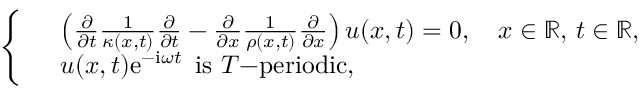
\left\{ \begin{array} { r l } & { \left( \frac { \partial } { \partial t } \frac { 1 } { \kappa ( x , t ) } \frac { \partial } { \partial t } - \frac { \partial } { \partial x } \frac { 1 } { \rho ( x , t ) } \frac { \partial } { \partial x } \right) u ( x , t ) = 0 , \quad x \in \mathbb { R } , \, t \in \mathbb { R } , } \\ & { u ( x , t ) \mathrm { e } ^ { - \mathrm { i } \omega t } \, \, \, \mathrm { i s } \, \, T \mathrm { - p e r i o d i c } , } \end{array} \right.